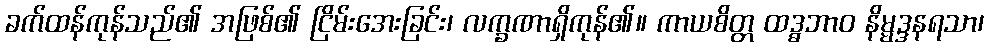
ခက်ထန်ကုန်သည်၏ အဖြစ်၏ ငြိမ်းအေးခြင်း၊ လက္ခဏာရှိကုန်၏။ ကာယစိတ္တ ထဒ္ဓဘာဝ နိမ္မဒ္ဒနရသာ၊